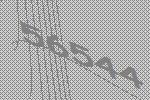
56544